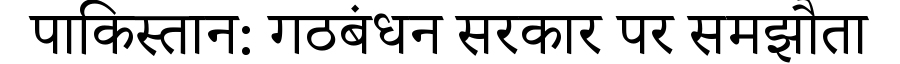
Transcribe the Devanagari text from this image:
पाकिस्तान: गठबंधन सरकार पर समझौता